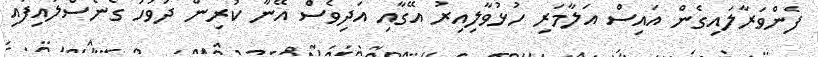
ފެންވަރާލައިގެން އައިސް އަލާމަރި ހުޅުވާލިއިރު އޭގާއި އަދިވެސް އޭނާ ކުރިން ދުވަހު ގެނެސްލައިފައި